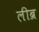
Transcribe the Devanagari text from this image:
लीब्र